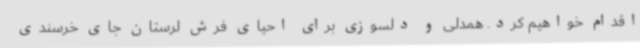
اقدام خواهیم کرد. همدلی و دلسوزی برای احیای فرش لرستان جای خرسندی